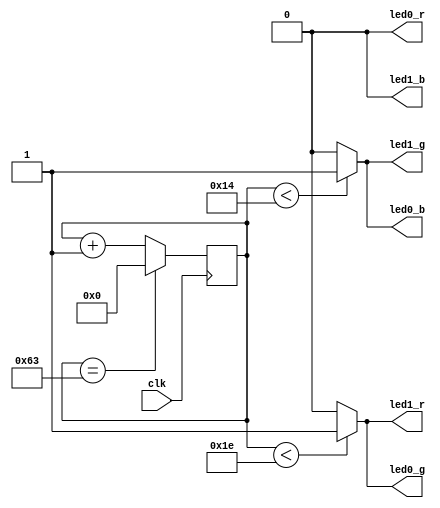
`timescale 1ns / 1ps

module rgb_driver(
    input clk,
    output led0_r, led0_g, led0_b,
    output led1_r, led1_g, led1_b
    );
    
    // Create the PWM to drive RGBs
    reg [6:0] counter_100 = 0;
    wire pwm_30, pwm_20, pwm_10;
    
    always @(posedge clk)
        if(counter_100 == 99)
            counter_100 <= 0;
        else
            counter_100 <= counter_100 + 1;
            
    assign pwm_10 = (counter_100 < 10) ? 1 : 0; // 10% duty cycle
    assign pwm_20 = (counter_100 < 20) ? 1 : 0; // 20% duty cycle
    assign pwm_30 = (counter_100 < 30) ? 1 : 0; // 30% duty cycle
    
    // aqua
    assign led0_r = 1'b0;
    assign led0_g = pwm_30;
    assign led0_b = pwm_20;
    
    // yellow
    assign led1_r = pwm_30;
    assign led1_g = pwm_20;
    assign led1_b = 1'b0;
    
    
endmodule